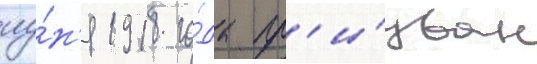
иу́н'я 1918 го́да пр'и́зван